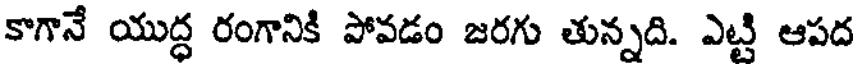
కొగానే యుద్ధ రంగానికి పోవడం జరగు తున్నది. ఎట్టి ఆపద